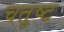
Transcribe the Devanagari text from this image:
चतुष्‍ट